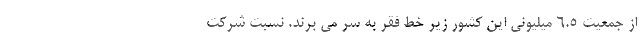
از جمعیت 6.5 میلیونی این کشور زیر خط فقر به سر می برند. نسبت شرکت